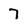
Character: 7